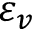
\varepsilon _ { v }